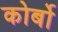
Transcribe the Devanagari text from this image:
कोर्बो